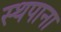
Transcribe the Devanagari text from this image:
स्थपाना